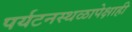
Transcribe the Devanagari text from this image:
पर्यटनस्थळापेक्षाही